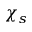
\chi _ { s }